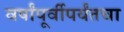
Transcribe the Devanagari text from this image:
वर्षांपूर्वीपर्यंतचा